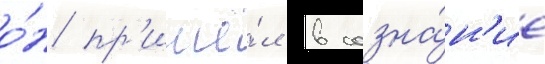
о́н пр'ишё́л в созна́н'ие